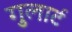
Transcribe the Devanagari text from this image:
गुलार्ट